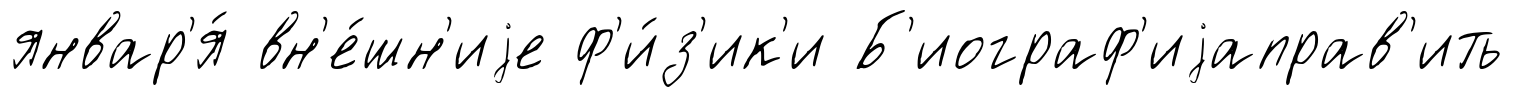
январ'я́ вн'е́шн'иjе ф'и́з'ик'и Б'иограф'иjаправ'ить